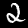
Digit: 2